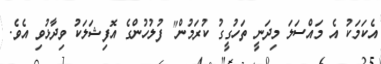
އެކަމަކު އެ މައްސަލަ މިދަނީ ތަހުގީގު ކުރަމުން" ފުލުހުންގެ އޮފިޝަލަކު ވިދާޅުވި އެވެ.